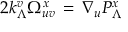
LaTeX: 2 k _ { \Lambda } ^ { v } \Omega _ { u v } ^ { x } \, = \, \nabla _ { u } P _ { \Lambda } ^ { x }